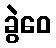
ခွဲဝေ